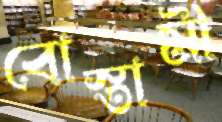
বোস্তামী